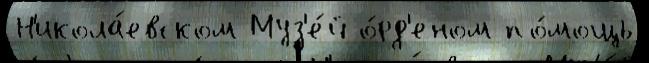
Н'икола́евском Муз'е́й о́рд'еном по́мощь